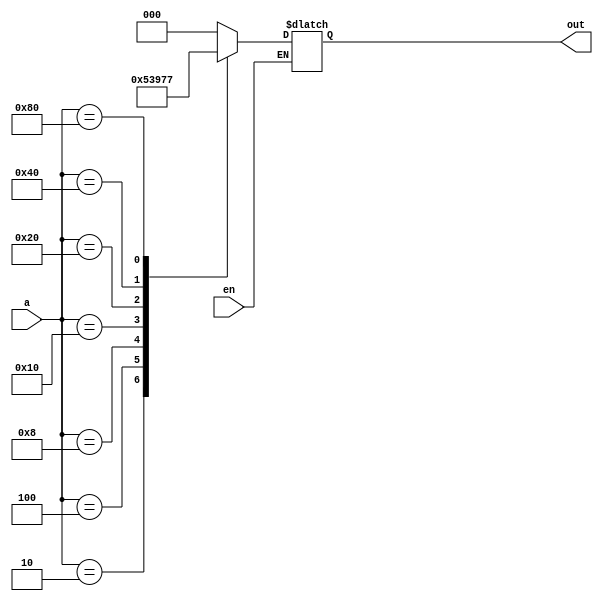
`timescale 1ns / 1ps
//////////////////////////////////////////////////////////////////////////////////
// Company: 
// Engineer: 
// 
// Design Name: 
// Module Name: encoder_8_3
// Project Name: 
// Target Devices: 
// Tool Versions: 
// Description: 
// 
// Dependencies: 
// 
// Revision:
// Revision 0.01 - File Created
// Additional Comments:
// 
//////////////////////////////////////////////////////////////////////////////////


module encoder_8_3(input wire [7:0] a, input wire en, output reg [2:0] out);
    always @(*) begin     
    if(en) begin
        out = 3'd0;
           case(a)
              8'b0000_0001 : out = 3'd0;
              8'b0000_0010 : out = 3'd1;
              8'b0000_0100 : out = 3'd2;
              8'b0000_1000 : out = 3'd3;
              8'b0001_0000 : out = 3'd4;
              8'b0010_0000 : out = 3'd5;
              8'b0100_0000 : out = 3'd6;
              8'b1000_0000 : out = 3'd7;
       	      default      : out = 3'd0;
           endcase
     end
  end
endmodule